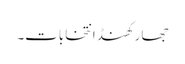
جھارکھنڈ انتخابات۔